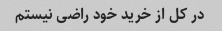
در کل از خرید خود راضی نیستم